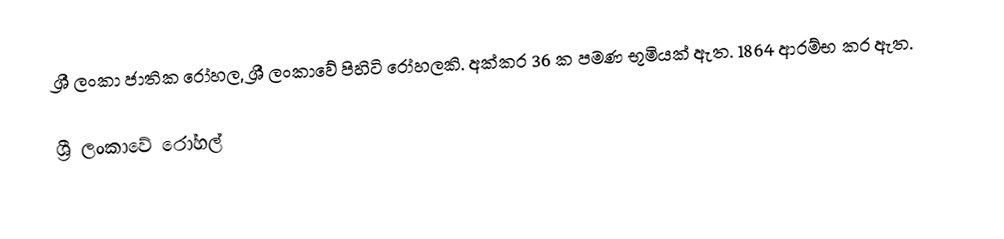
ශ්‍රී ලංකා ජාතික රෝහල, ශ්‍රී ලංකාවේ පිහිටි රෝහලකි. අක්කර 36 ක පමණ භූමියක් ඇත. 1864 ආරම්භ කර ඇත.

ශ්‍රී ලංකාවේ රෝහල්